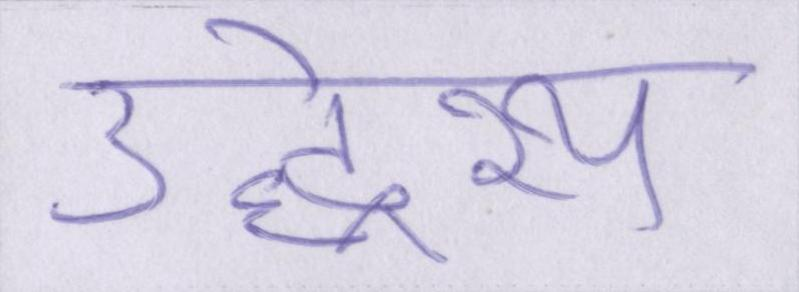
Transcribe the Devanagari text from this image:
उद्धेश्य